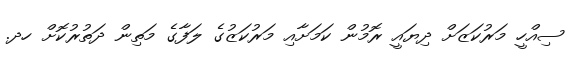
ސިއްހީ މަރުކަޒަށް ދިޔައީ ރޮމުން ކަމަށާއި މަރުކަޒުގެ ލަފާގެ މަތިން ދަތުރުކޮށް ހދ.